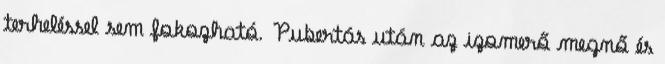
terheléssel sem fokozható. Pubertás után az izomerő megnő és